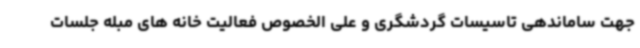
جهت ساماندهی تاسیسات گردشگری و علی الخصوص فعالیت خانه های مبله جلسات